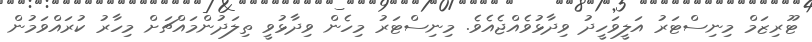
ޓޫރިޒަމް މިނިސްޓަރު އަލީވަހީދު ވިދާޅުވެއްޖެއެވެ. މިނިސްޓަރު މިހެން ވިދާޅުވީ ތިލަދުންމައްޗަށް މިހާރު ކުރައްވަމުން